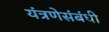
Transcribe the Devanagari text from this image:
यंत्रणेसंबंधी